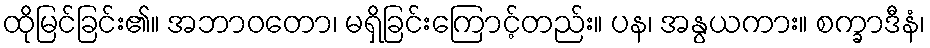
ထိုမြင်ခြင်း၏။ အဘာဝတော၊ မရှိခြင်းကြောင့်တည်း။ ပန၊ အနွယကား။ စက္ခာဒီနံ၊